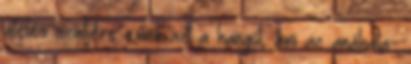
átélés szintjére emeli azt a hangot, ami az anáhata-